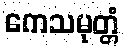
ကေသမုတ္တံ